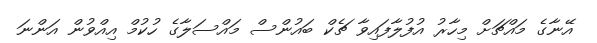
އޭނާގެ މައްޗަށް މިހާރު އުފުލާފައިވާ ޗެކް ބައުންސް މައްސަލާގެ ހުކުމް އިއްވުން އަންނަ